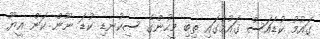
ގައުމު ކުޑައަސް ގައުމުގައި ތިބި މީހުންގެ ސިކުނޑި ކުޑަ ނޫން ކަން އީޔޫ